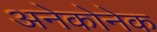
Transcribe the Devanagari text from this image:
अनेकोनेक